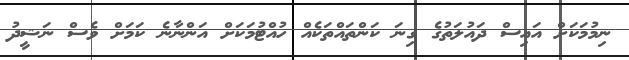
ނިމުމަކަށް އައިސް ދައުލަތުގެ ގިނަ ކަންތައްތަކެއް ހުއްޓުމަކަށް އަންނާނެ ކަމަށް ވެސް ނަޝީދު